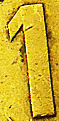
1